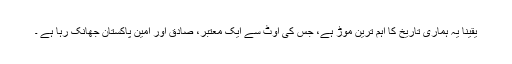
یقینا یہ ہماری تاریخ کا اہم ترین موڑ ہے، جس کی اوٹ سے ایک معتبر، صادق اور امین پاکستان جھانک رہا ہے ۔